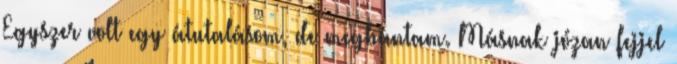
Egyszer volt egy átutalásom, de megbántam. Másnak józan fejjel